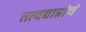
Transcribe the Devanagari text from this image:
तत्वद्यान्नांचं